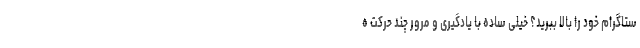
ستاگرام خود را بالا ببرید؟ خیلی ساده با یادگیری و مرور چند حرکت ه